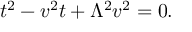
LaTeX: t ^ { 2 } - v ^ { 2 } t + \Lambda ^ { 2 } v ^ { 2 } = 0 .